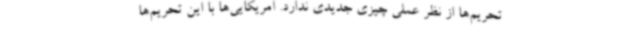
تحریم‌ها از نظر عملی چیزی جدیدی ندارد. آمریکایی‌ها با این تحریم‌ها